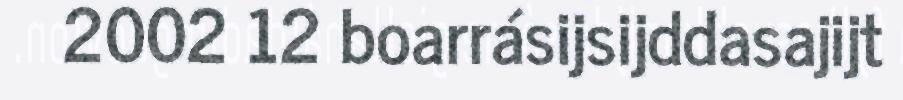
2002 12 boarrásijsijddasajijt